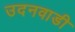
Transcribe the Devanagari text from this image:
उदनवाडी